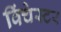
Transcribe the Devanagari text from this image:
विंचेस्‍टर